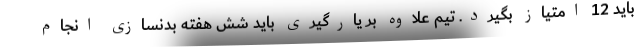
باید 12 امتیاز بگیرد. تیم علاوه بر یارگیری باید شش هفته بدنسازی انجام